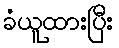
ခံယူထားပြီး